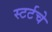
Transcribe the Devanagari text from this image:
स्टर्टचे